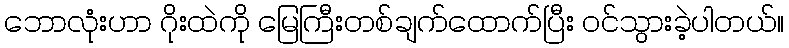
ဘောလုံးဟာ ဂိုးထဲကို မြေကြီးတစ်ချက်ထောက်ပြီး ဝင်သွားခဲ့ပါတယ်။